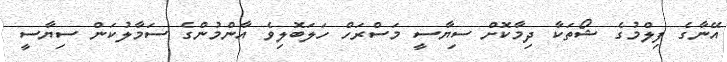
އޭނާގެ ފިލްމުގެ ޝޯތަކާ ދިމާކޮށް ސިޔާސީ މަސްރަހް ހަލަބޮލިވެ އާންމުންގެ ސަމާލުކަން ސިޔާސީ